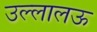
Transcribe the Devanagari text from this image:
उल्लालऊ